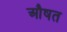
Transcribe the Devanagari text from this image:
औषत